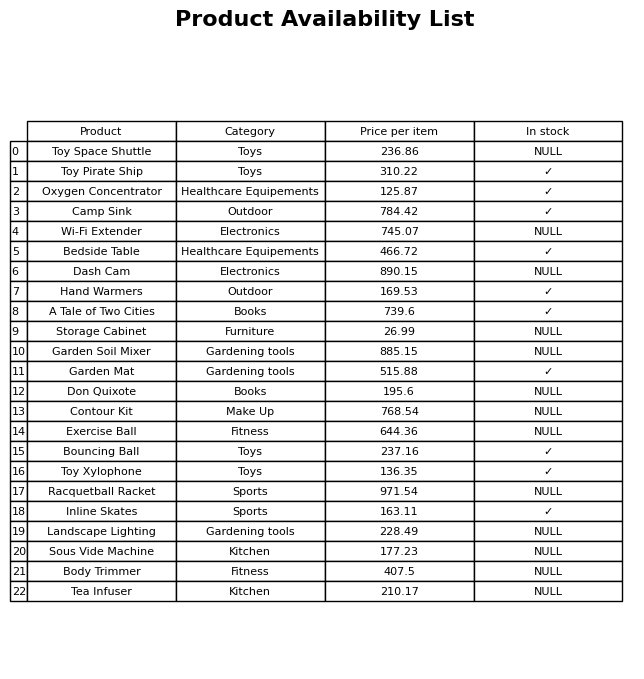
question: What is the price of the Camp Sink?
answer: The price of Camp Sink is 784.42.